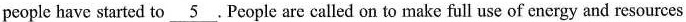
people have started to \underline{5}.People are called on to make full use of energy and resources